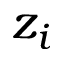
z _ { i }